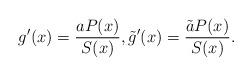
LaTeX: \begin{align*}g'(x)= \frac{a P(x)}{S(x)}, \tilde{g}'(x)= \frac{\tilde{a}P(x)}{S(x)}.\end{align*}